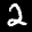
Label: 2